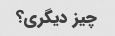
چیز دیگری؟